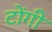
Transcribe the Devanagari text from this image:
टोंगी